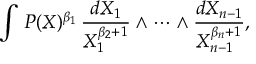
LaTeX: \int \, P ( X ) ^ { \beta _ { 1 } } \, { \frac { d X _ { 1 } } { X _ { 1 } ^ { \beta _ { 2 } + 1 } } } \wedge \cdots \wedge { \frac { d X _ { n - 1 } } { X _ { n - 1 } ^ { \beta _ { n } + 1 } } } ,